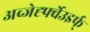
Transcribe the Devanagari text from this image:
अव्जेर्ह्फ्वेउइर्फ्